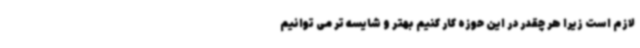
لازم است زیرا هر چقدر در این حوزه کار کنیم بهتر و شایسه تر می توانیم